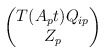
\begin{align*} \begin{pmatrix}T(A_{p}t)Q_{ip}\\Z_{p}\end{pmatrix} \end{align*}